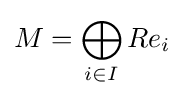
M=\bigoplus _{i\in I}Re_{i}